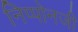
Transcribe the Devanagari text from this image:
निप्पोनजी